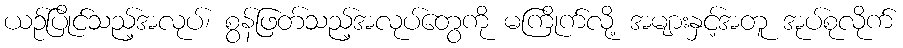
ယဉ်ပြိုင်သည့်အလုပ်၊ စွန်ဖြတ်သည့်အလုပ်တွေကို မကြိုက်လို့ အများနှင့်အတူ အုပ်စုလိုက်